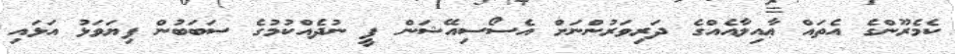
ކެމެރޫންގެ އެތައް ޢާއިލާއެއްގެ ދަރިވަރުންނަށް އެސޯސިއޭޝަން ފީ ނުދެއްކުމުގެ ސަބަބުން ފިޔަވަޅު އަޅައި